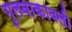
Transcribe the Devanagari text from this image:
गुलबाकावली